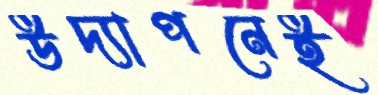
উদ্যাপনেই